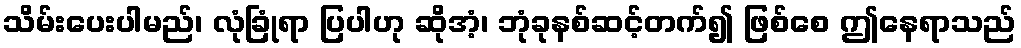
သိမ်းပေးပါမည်၊ လုံခြုံရာ ပြပါဟု ဆိုအံ့၊ ဘုံခုနစ်ဆင့်တက်၍ ဖြစ်စေ ဤနေရာသည်